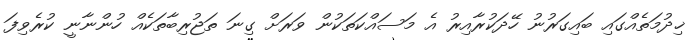
ޚިދުމަތެއްގައި ބައިގަރުނު ހޭދަކުރާއިރު އެ މަސައްކަތަކުން ވަރަށް ގިނަ ތަޖުރިބާތަކެއް ހުންނާނީ ކުރެވިފަ